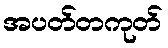
အပတ်တကုတ်